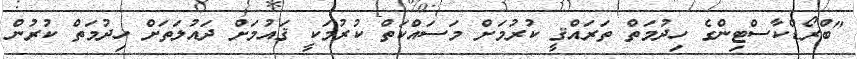
"ބްރޯޑްކާސްޓިންގެ ހިދުމަތް ތަރައްޤީ ކުރުމަށް މަސައްކަތް ކުރުމަކީ ޤައުމަށް ދައުލަތަށް ހިދުމަތް ކުރުން